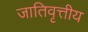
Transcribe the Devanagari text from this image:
जातिवृत्तीय